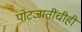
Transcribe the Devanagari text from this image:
पोटजातींचीही